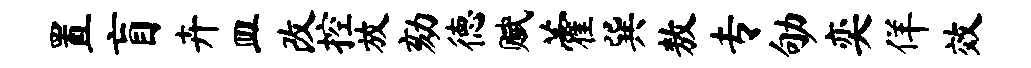
置盲卉皿改控放劾德赋藿巽敖专劬奕佯效